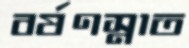
বর্ষণস্নাত